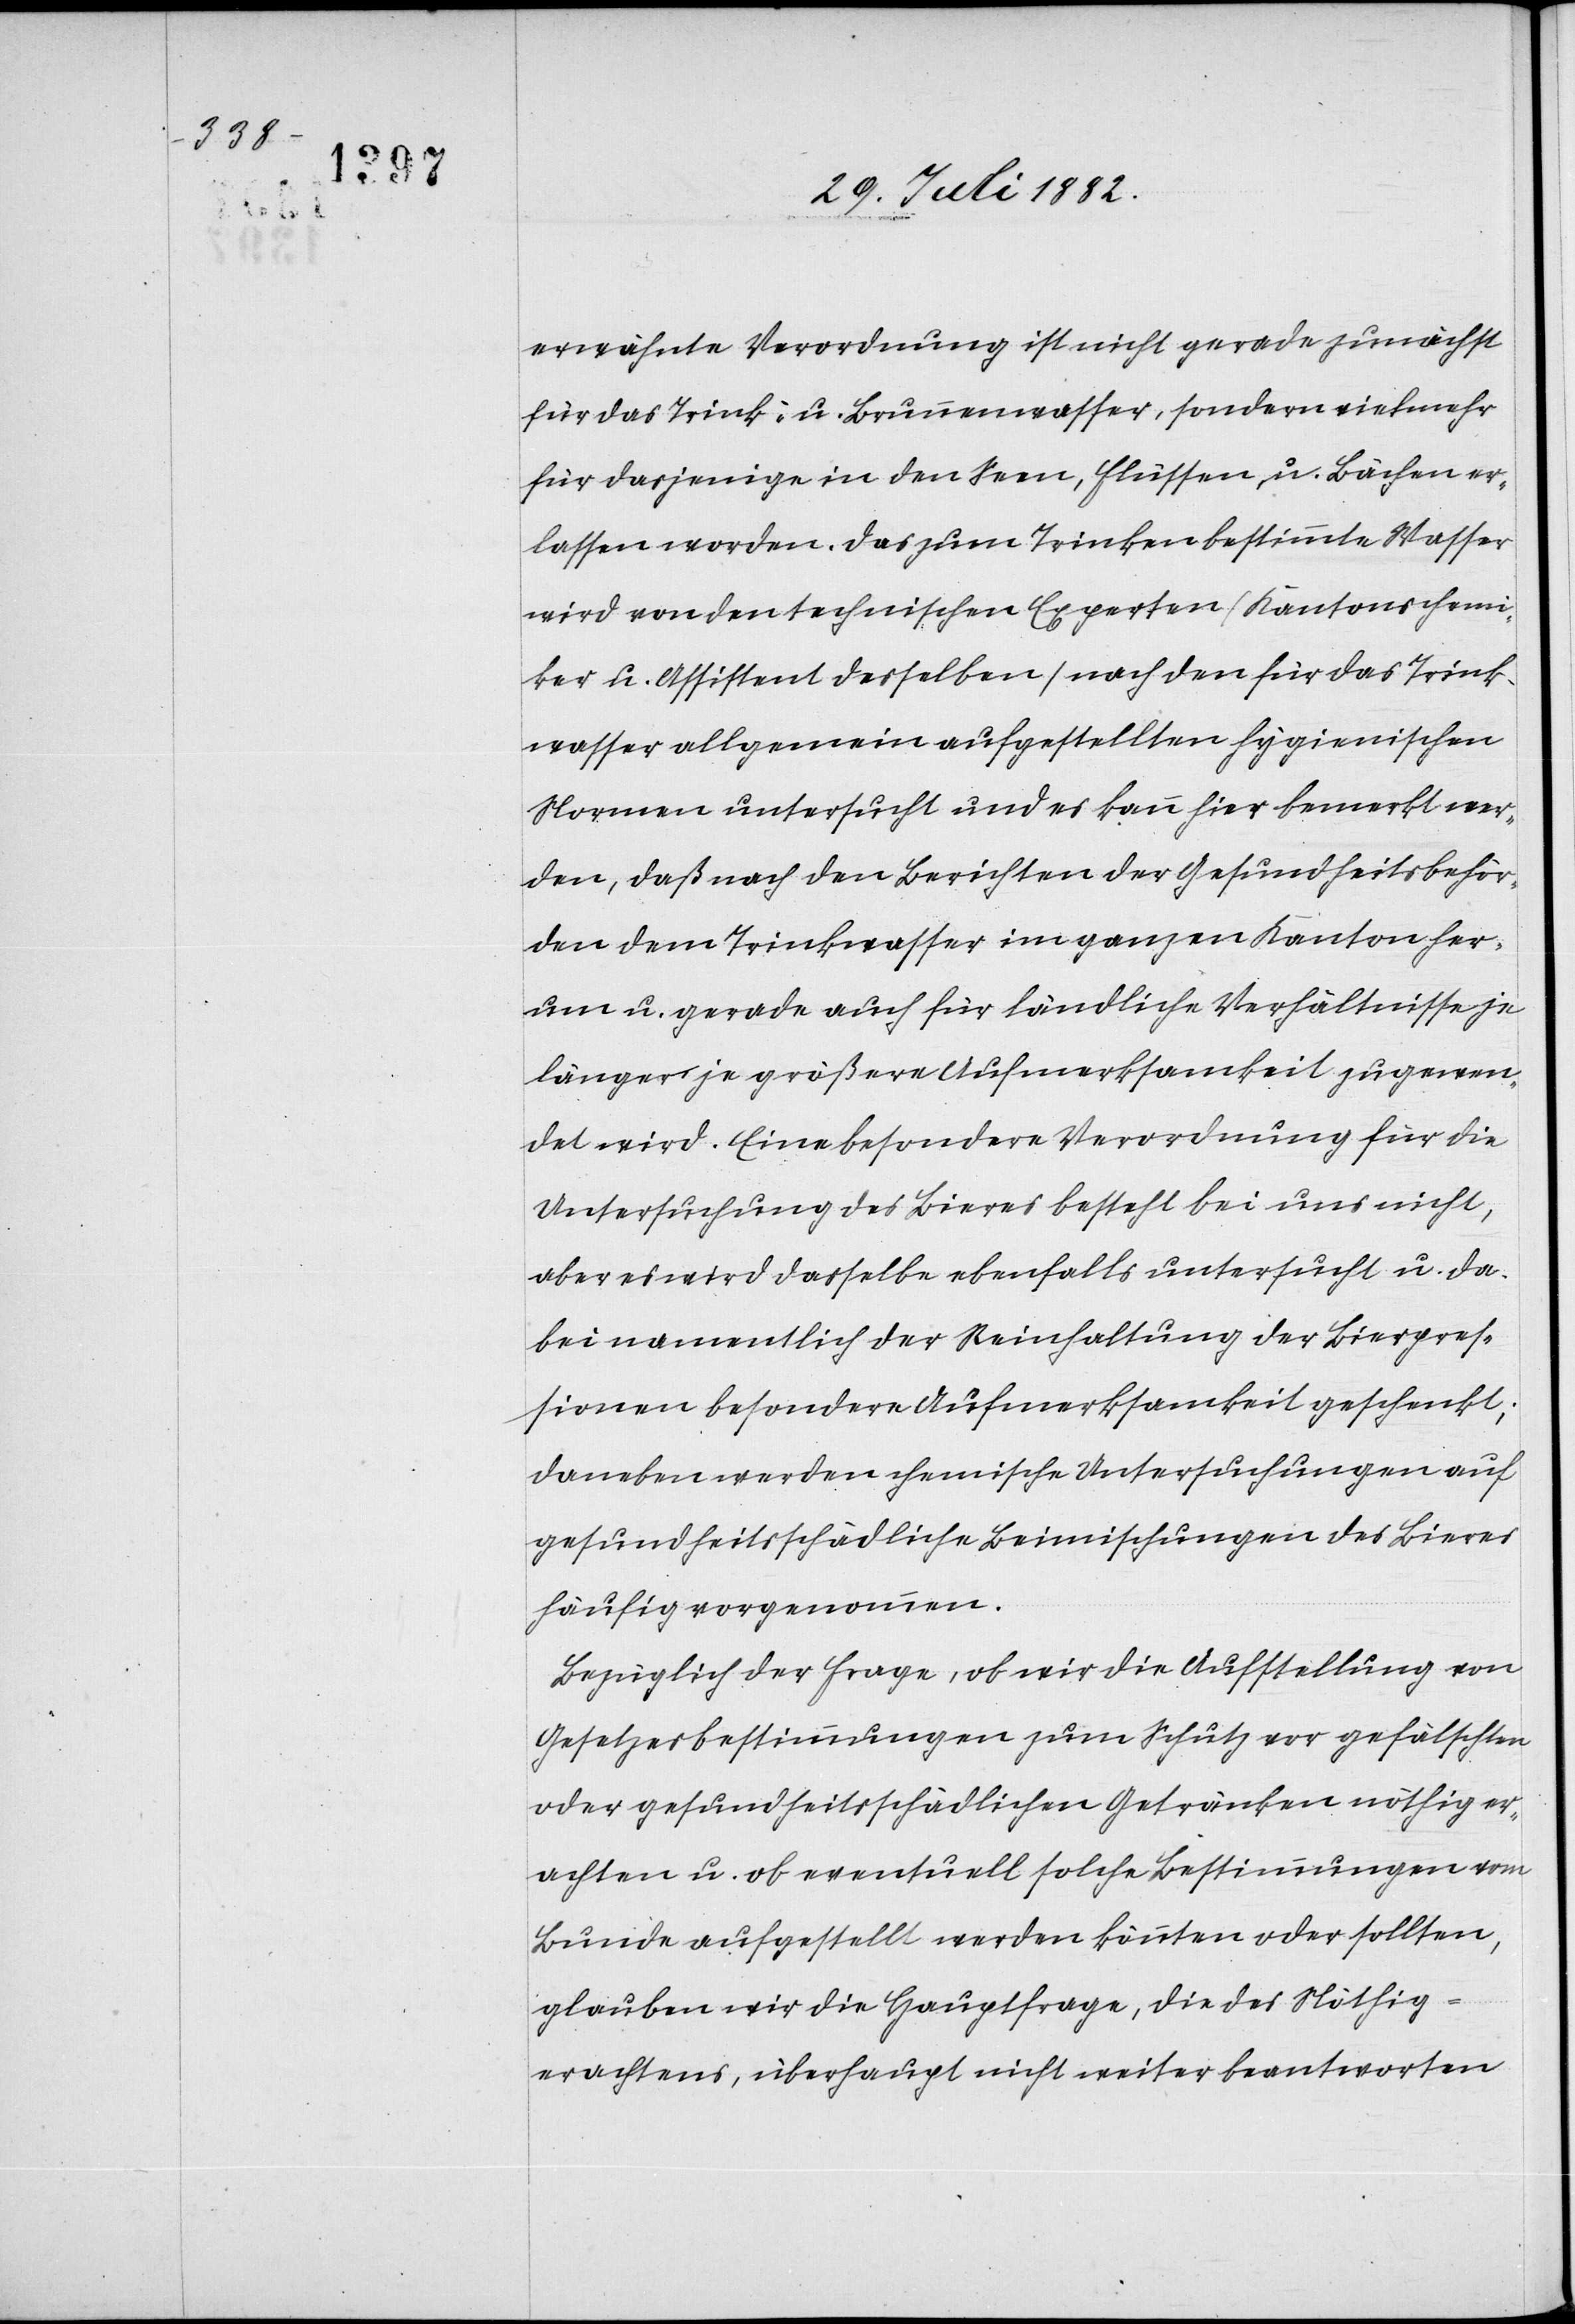
erwähnte Verordnung ist nicht gerade zunächst
für das Trink- u. Brunnenwasser, sondern vielmehr
für dasjenige in den Seen, Flüssen u. Bächen er¬
lassen worden. Das zum Trinken bestimmte Wasser
wird von den technischen Experten (Kantonschemi¬
ker u. Assistent desselben) nach den für das Trink¬
wasser allgemein aufgestellten hygienischen
Normen untersucht und es kann hier bemerkt wer¬
den, daß nach den Berichten der Gesundheitsbehör¬
den dem Trinkwasser im ganzen Kanton her¬
um u. gerade auch für ländliche Verhältnisse je
länger je größere Aufmerksamkeit zugewen¬
det wird. Eine besondere Verordnung für die
Untersuchung des Bieres besteht bei uns nicht,
aber es wird dasselbe ebenfalls untersucht u. da¬
bei namentlich der Reinhaltung der Bierpres¬
sionen besondere Aufmerksamkeit geschenkt;
daneben werden chemische Untersuchungen auf
gesundheitsschädliche Beimischungen des Bieres
häufig vorgenommen.
Bezüglich der Frage, ob wird die Aufstellung von
Gesetzesbestimmungen zum Schutz vor gefälschten
oder gesundheitsschädlichen Getränken nöthig er¬
achten u. ob eventuell solche Bestimmungen vom
Bunde aufgestellt werden könnten oder sollten,
glauben wir die Hauptfrage, die des Nöthig¬
erachtens, überhaupt nicht weiter beantworten